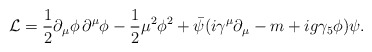
\begin{align*}{\cal L}=\frac{1}{2}\partial_{\mu}\phi\,\partial^{\mu}\phi -\frac{1}{2}\mu^{2}\phi^{2} +\bar{\psi} (i\gamma^{\mu}\partial_{\mu}-m+ig\gamma_{5}\phi) \psi. \end{align*}